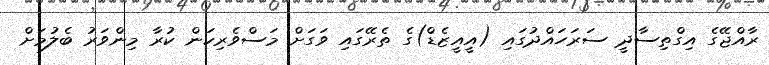
ރާއްޖޭގެ އިގްތިސާދީ ސަރަހައްދުގައި (އީއީޒެޑް)ގެ ތެރޭގައި ވަގަށް މަސްވެރިކަން ކުރާ މިންވަރު ބެލުމަށް